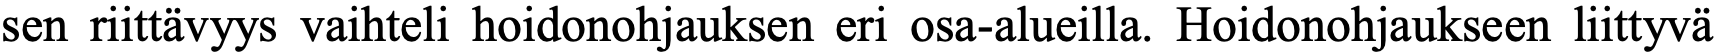
sen riittävyys vaihteli hoidonohjauksen eri osa-alueilla. Hoidonohjaukseen liittyvä